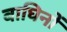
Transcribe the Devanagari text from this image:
बाघिनों